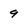
Character: 9